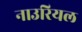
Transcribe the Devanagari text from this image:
नाउरियल